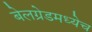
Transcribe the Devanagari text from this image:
बेलग्रेडमध्येच